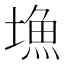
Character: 𡐚